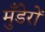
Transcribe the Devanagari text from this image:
मुँडेरों